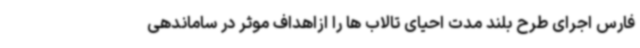
فارس اجرای طرح بلند مدت احیای تالاب ها را ازاهداف موثر در ساماندهی